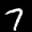
Label: 7